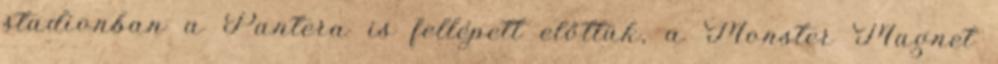
stadionban a Pantera is fellépett előttük, a Monster Magnet